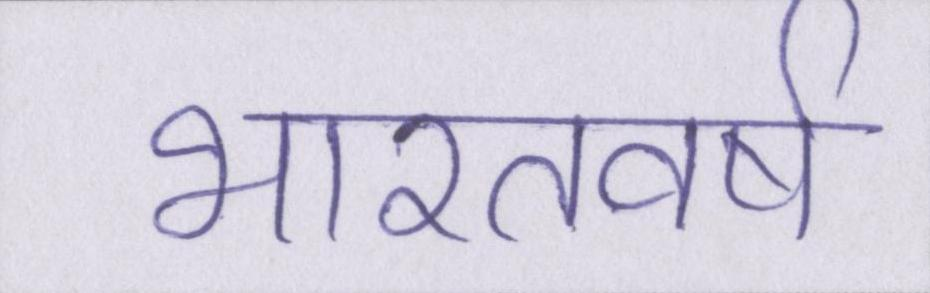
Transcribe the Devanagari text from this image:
भारतवर्ष